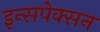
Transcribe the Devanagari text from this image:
इन्सपेक्सन